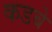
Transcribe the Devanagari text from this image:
कडबे